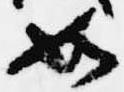
如